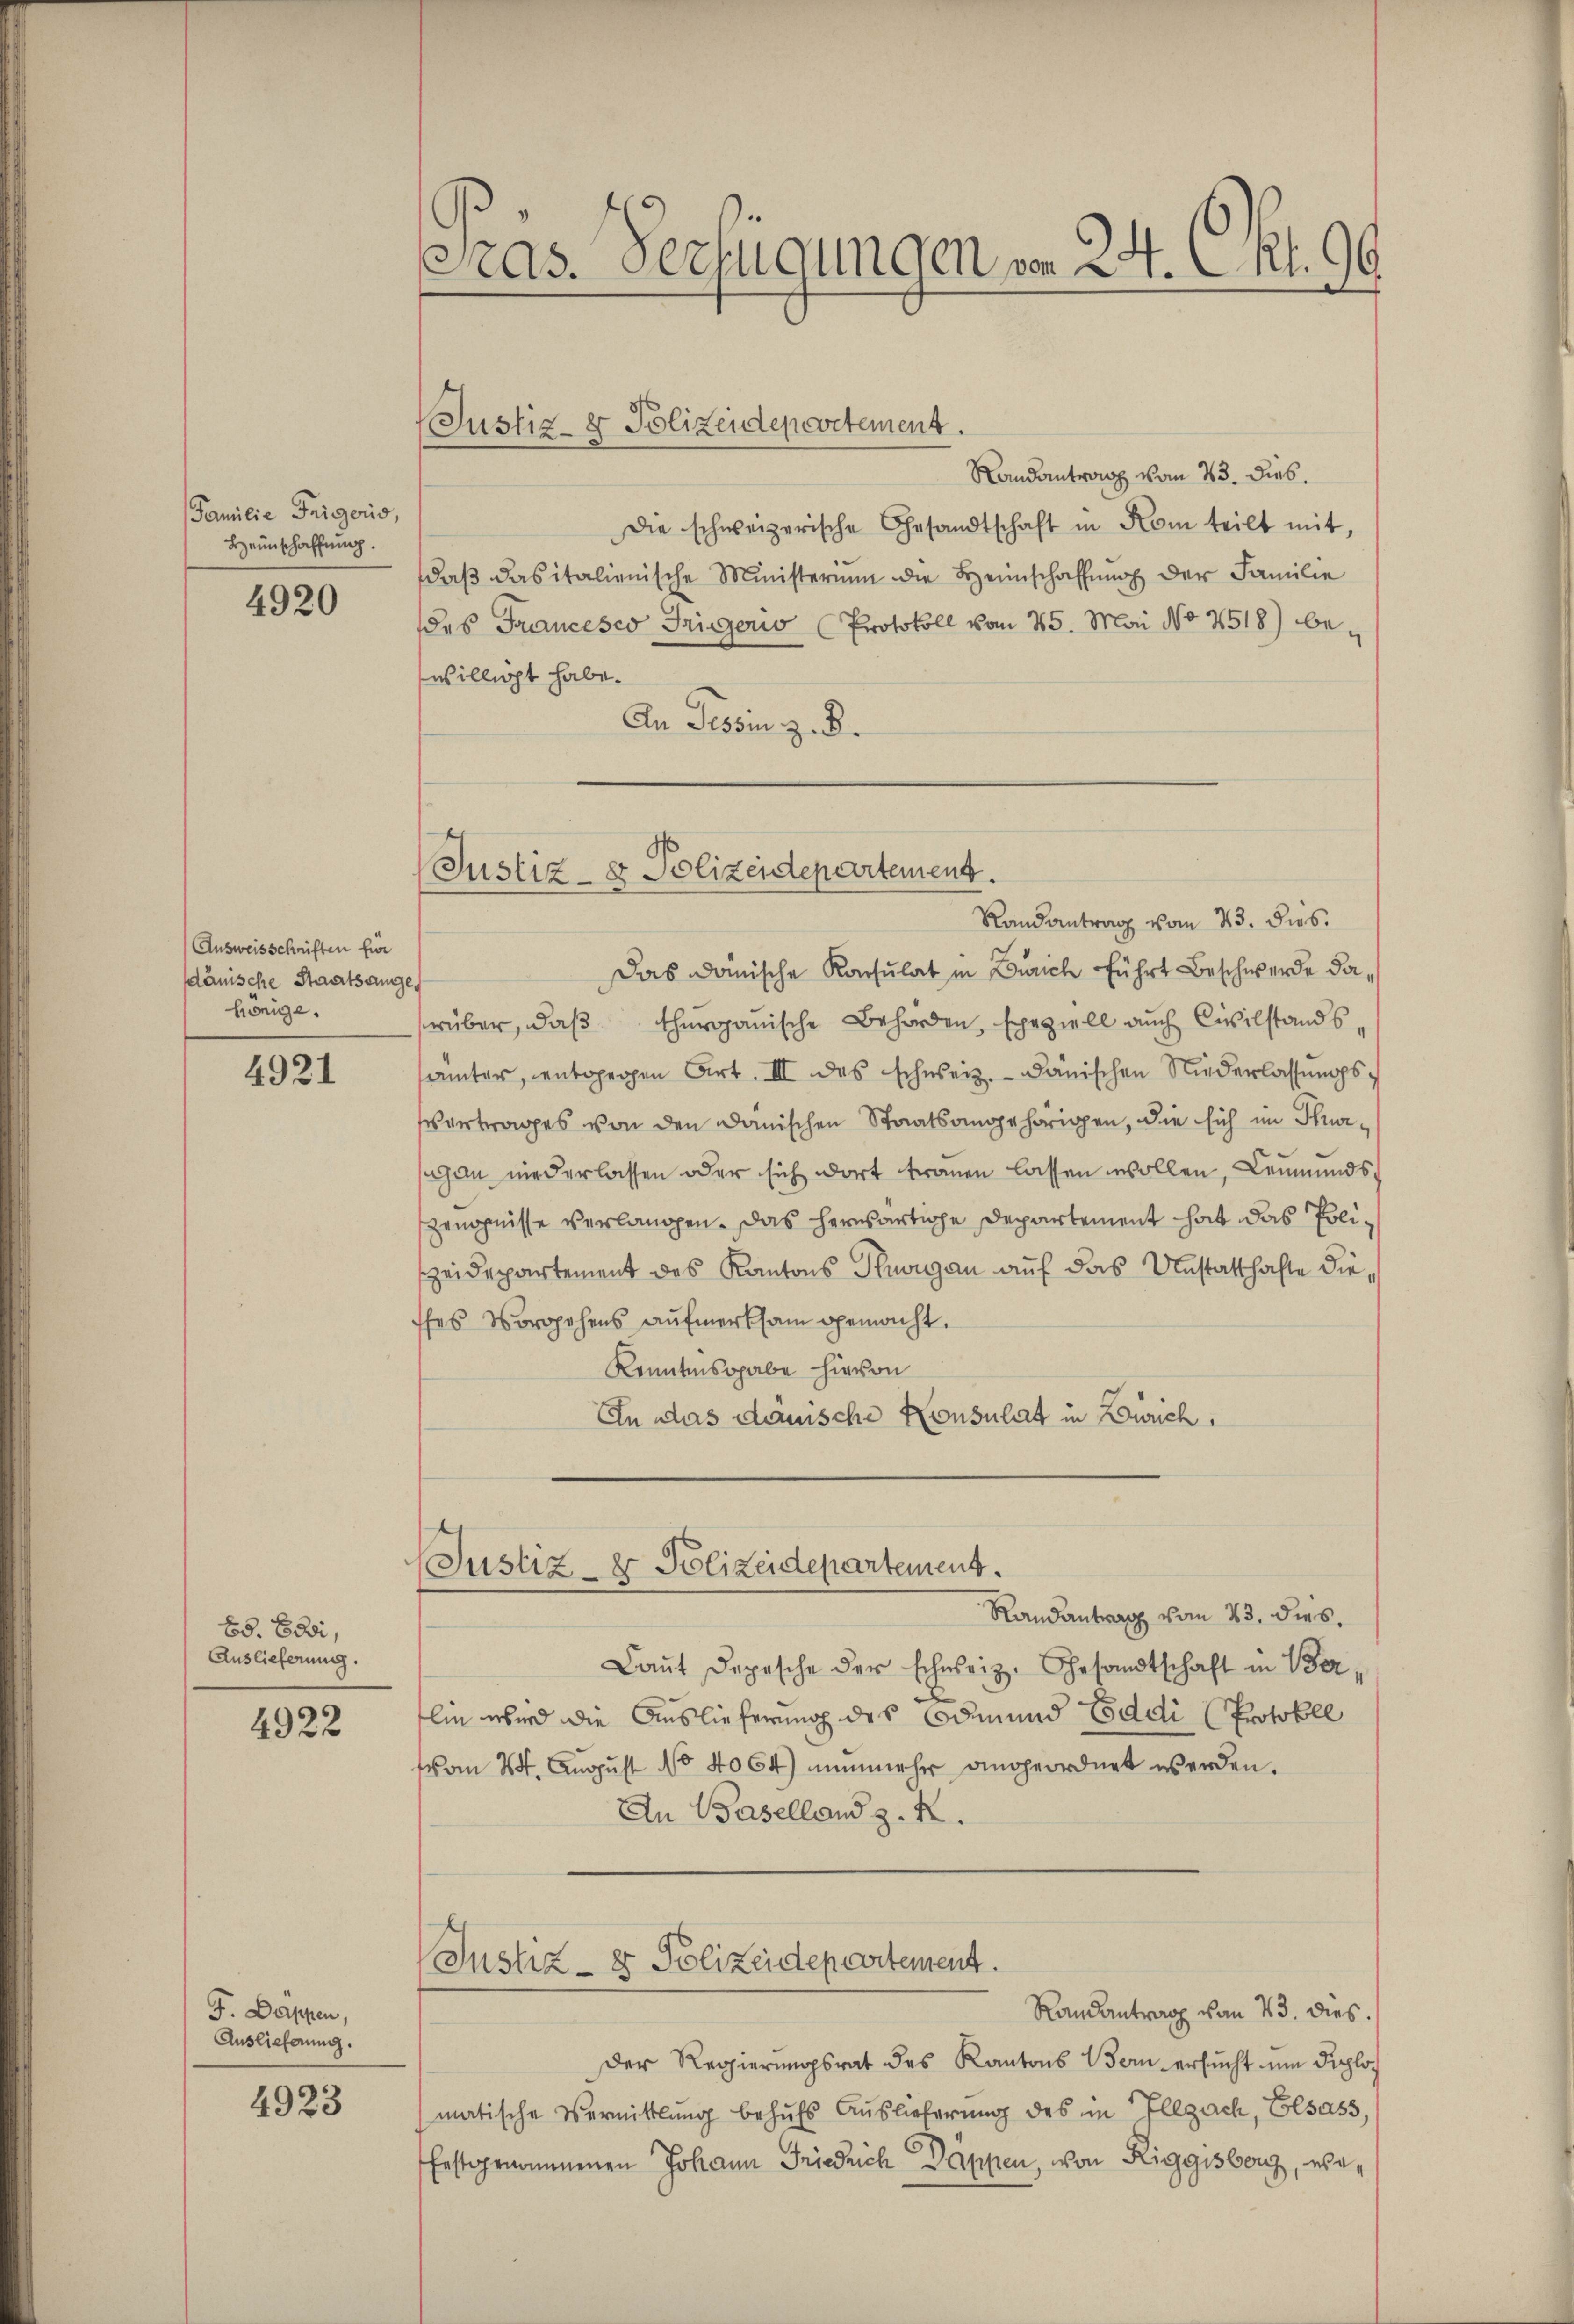
Familie Trigoris,
Heimschaffung.

4920

Ausweisschriften für
dänische Staatsange
hönige.

4921

65. Ei,
Auslieferung.

4922

F. Dappen,
Auslieferung.

4923

s
as. Verfügungen von 24. C. Rt. 99

(Justiz- & Polizeidepartement.

Randantrag vom 23. Dies.
Die schweizerische Gesandtschaft in Kom teilt mit,
daβ dasitalienische Ministerium die Heimschaffung der Familie
des Francesco Trigoris Protokoll vom 25. Mai No 4518) bewilligt habe.
An Tessin z. B.
Randantrag vom 23. dies.
Das danische Konsulat in Zürich führt Beschwerde darüber, daß Thurgauische Behörden, speziell auch Civilstands,
ämter, entgegen Art. III des schweiz. dänischen Niederlassŭngs¬
Vertrages von den Danischen Staatsangehörigen, die sich im Kurgan niederlassen oder sich dort trauen lassen wollen, Leumunds
Zeugnisse verlangen. Das herwärtige Departement hat das Polizeidepartement des Kantons Thurgau auf das Unstatthafte dieffes Vorgehens aufmerksam gemacht.
Kenntnisgabe hievon
An das dauische Konsulat in Zürich,
Justiz- & Polizeidepartement.
Randantrag vom 23. dies
Laŭt Depesche der schweiz. Gesandtschaft in Ber
lin wird die Auslieferung des Odmund Eddi (Protokoll
vom 24. August No 4064) nunmehr angeordnet werden.
An Baselland z. R.
Justiz- & Polizeidepartement.
Randantrag von 43. dies
Der Regierungsrat des Kantons Bern ersucht ein Pilomatische Vermittlung behufs Auslieferung des im Illzach, Elsass,
festgenommenen Johann Friedrich Dappen, von Riggisberg, we¬

(Justiz- & Polizeidepartement.